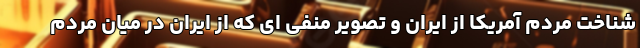
شناخت مردم آمریکا از ایران و تصویر منفی ای که از ایران در میان مردم